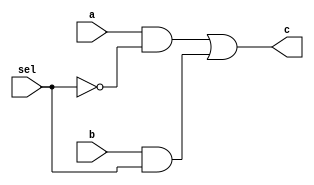
//comentariu
module mux_c(c, a, b, sel);
    output c;
    input a,b,sel;
        
    and g1(f1, a, nsel),
        g2(f2, b, sel);
    or g3(c, f1, f2);
    not g4(nsel, sel);
endmodule